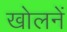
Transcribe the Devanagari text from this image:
खोलनें